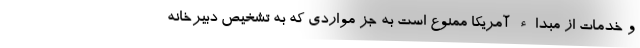
و خدمات از مبداء آمریکا ممنوع است به جز مواردی که به تشخیص دبیرخانه